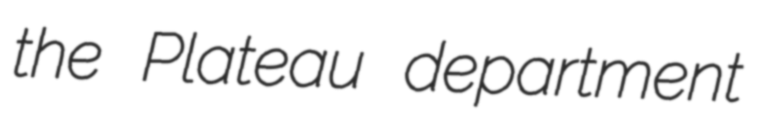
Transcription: the Plateau department